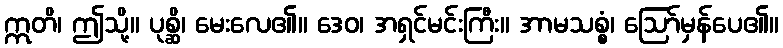
ဣတိ၊ ဤသို့။ ပုစ္ဆိ၊ မေးလေ၏။ ဒေဝ၊ အရှင်မင်းကြီး။ အာမသစ္စံ၊ ဩော်မှန်ပေ၏။